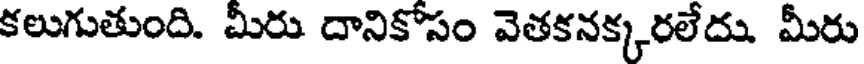
కలుగుతుంది. మీరు దానికోసం వెతకనక్కరలేదు. మీరు